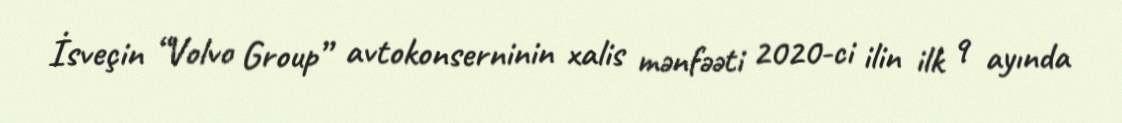
İsveçin “Volvo Group” avtokonserninin xalis mənfəəti 2020-ci ilin ilk 9 ayında